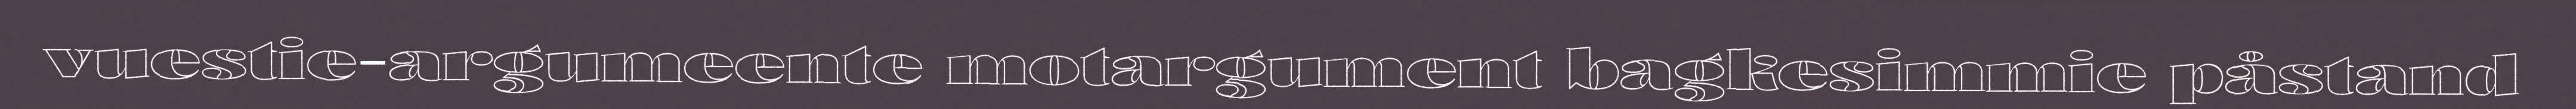
vuestie-argumeente motargument bagkesimmie påstand